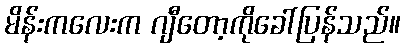
မိန်းကလေးက ဂျီတော့ကိုခေါ်ပြန်သည်။